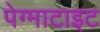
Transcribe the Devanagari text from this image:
पेग्माटाइट